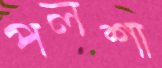
পলশা